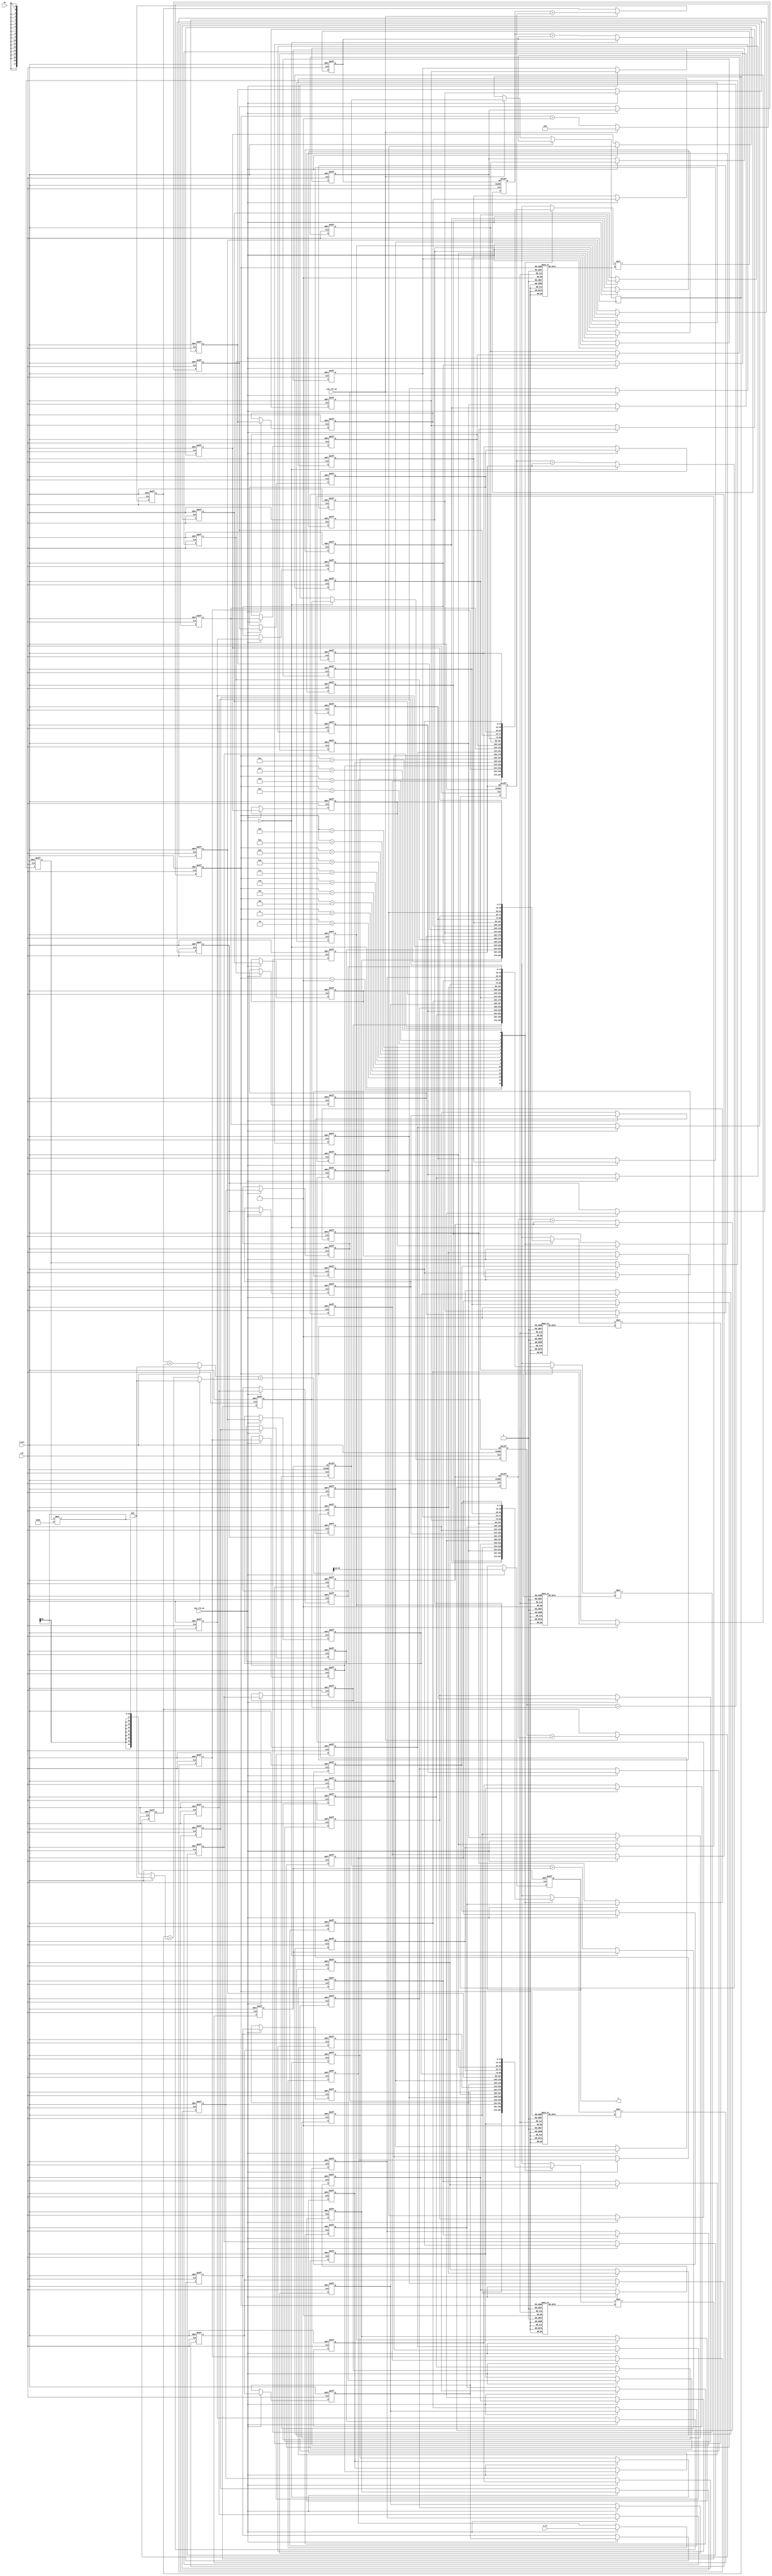
module test_polyphase_time_share #(
    parameter COEFF_LEN = 81,
    parameter HALF_COEFF_LEN = (COEFF_LEN-1)/2
)
( input clk, reset, sym_clk_en, sam_clk_en,
							input [1:0] sw,
                    input signed [17:0] x_in, //1s17
                    output reg signed [17:0] y); //1s17);



// create array of vectors
integer  i;
reg signed [17:0] x[COEFF_LEN-1:0]; // for 21 coefficients
reg signed [35:0] sum_level_1[2:0];
reg signed [35:0] sum_level_2[1:0];
// reg signed [17:0] sum_out[HALF_COEFF_LEN-1:0];
// reg signed [36:0] mult_out[HALF_COEFF_LEN:0]; // 1s35 but changed to 2s35
// reg signed [17:0] b[HALF_COEFF_LEN:0]; // coefficients
reg signed [17:0] hm0, hm1, hm2, hm3, hm4, xm0, xm1, xm2, xm3, xm4; // hm's- 0s18, xm's 1s17
reg signed [35:0] m0, m1, m2, m3, m4, m5; // 1s35
reg signed [35:0] m0_acc, m1_acc, m2_acc, m3_acc, m4_acc; // 1s35
reg signed [35:0] y_temp; // 1s35
reg [3:0] counter;

always @ (posedge clk or posedge reset)
    if(reset)
        x[0] <= 18'sd0;
    else if (sam_clk_en)
        x[0] <= x_in;
	else
		x[0] <= x[0];

always @ (posedge clk or posedge reset)
    if(reset) 
    begin
        for(i=1; i<COEFF_LEN; i=i+1)
            x[i] <= 18'sd0;
    end
    else if (sam_clk_en)
    begin
        for(i=1; i<COEFF_LEN; i=i+1)
            x[i] <= x[i-1];
    end
	else
    begin
        for(i=1; i<COEFF_LEN; i=i+1)
            x[i] <= x[i];
    end
// counter
always  @ (posedge clk or posedge reset)
    if(reset)
        counter <= 4'd0;
    else if (sym_clk_en)
        counter  <= 4'd0;
    else
        counter <= counter + 4'd1;

// multipliers


// m0
always @ (posedge clk or posedge reset)
    if (reset)
        m0 <= 36'sd0;
    else
        m0 <= xm0 * hm0;

// m0 acc
always @ (posedge clk or posedge reset)
    if (reset)
        m0_acc <= m0;
    else if (counter == 4'd0)
        m0_acc <= m0;
    else
        m0_acc <= m0_acc + m0;


// m1
always @ (posedge clk or posedge reset)
    if (reset)
        m1 <= 36'sd0;
    else
        m1 <= xm1 * hm1;

// m1 acc
always @ (posedge clk or posedge reset)
    if (reset)
        m1_acc <= m1;
    // else if (sym_clk_en)
	else if (counter == 4'd0)
        m1_acc <= m1;
    else
        m1_acc <= m1_acc + m1;



// m2
always @ (posedge clk or posedge reset)
    if (reset)
        m2 <= 36'sd0;
    else
        m2 <= xm2 * hm2;

// m2 acc
always @ (posedge clk or posedge reset)
    if (reset)
        m2_acc <= m2;
    // else if (sym_clk_en)
	else if (counter == 4'd0)
        m2_acc <= m2;
    else
        m2_acc <= m2_acc + m2;



// m3
always @ (posedge clk or posedge reset)
    if (reset)
        m3 <= 36'sd0;
    else
        m3 <= xm3 * hm3;

// m3 acc
always @ (posedge clk or posedge reset)
    if (reset)
        m3_acc <= m3;

    // else if (sym_clk_en)
	    else if (counter == 4'd0)
        m3_acc <= m3;
    else
        m3_acc <= m3_acc + m3;


// m4
always @ (posedge clk or posedge reset)
    if (reset)
        m4 <= 36'sd0;
    else
        m4 <= xm4 * hm4;

// m4 acc
always @ (posedge clk or posedge reset)
    if (reset)
        m4_acc <= m4;

    // else if (sym_clk_en)
	    else if (counter == 4'd0)
        m4_acc <= m4;
    else
        m4_acc <= m4_acc + m4;



// m5
 
wire signed [17:0] h80;

assign h80 = 18'sd 166;

always @ *
    if(reset)
        m5 <= 36'sd0;
    else
	    m5 <= x[80] * h80;


// sum level 1
always @ (posedge clk or posedge reset)
    if (reset) begin
        sum_level_1[0] <= 36'sd0;
        sum_level_1[1] <= 36'sd0;
    end

    else if (sym_clk_en) begin
        sum_level_1[0] <= m0_acc + m1_acc;
        sum_level_1[1] <= m2_acc + m3_acc;
        sum_level_1[2] <= m4_acc;
    end

    else begin
        sum_level_1[0] <= sum_level_1[0];
        sum_level_1[1] <= sum_level_1[1];
        sum_level_1[2] <= sum_level_1[2];
    end
// sum level 2
always @ *
    if (reset) begin
        sum_level_2[0] <= 36'sd0;
        sum_level_2[1] <= 36'sd0;
    end
    else begin
        sum_level_2[0] <= sum_level_1[0] + sum_level_1[1];
        sum_level_2[1] <= sum_level_1[2] + m5;
    end


// y_temp
always @ *
    y_temp = sum_level_2[0] + sum_level_2[1]; // 1s35 + 1s35 = 1s35

// y
always @ (posedge clk or posedge reset)
    if(reset)
        y <= 18'sd0;
    else if(sam_clk_en)
        y <= y_temp[35:18]; // 1s17
    else
        y <= y;



always @ *
begin
	case(counter)
		4'd0 : hm0 = 18'sd 166;
		4'd1 : hm0 = 18'sd 194;
		4'd2 : hm0 = 18'sd 61;
		4'd3 : hm0 = -18'sd 149;
		4'd4 : hm0 = -18'sd 275;
		4'd5 : hm0 = -18'sd 198;
		4'd6 : hm0 = 18'sd 62;
		4'd7 : hm0 = 18'sd 332;
		4'd8 : hm0 = 18'sd 398;
		4'd9 : hm0 = 18'sd 163;
		4'd10 : hm0 = -18'sd 256;
		4'd11 : hm0 = -18'sd 575;
		4'd12 : hm0 = -18'sd 529;
		4'd13 : hm0 = -18'sd 73;
		4'd14 : hm0 = 18'sd 540;
		4'd15 : hm0 = 18'sd 889;
		default: hm0 = 18'sd 166;
	endcase
end
always @ *
begin
	case(counter)
		4'd0 : hm1 = 18'sd 662;
		4'd1 : hm1 = -18'sd 96;
		4'd2 : hm1 = -18'sd 946;
		4'd3 : hm1 = -18'sd 1295;
		4'd4 : hm1 = -18'sd 791;
		4'd5 : hm1 = 18'sd 382;
		4'd6 : hm1 = 18'sd 1529;
		4'd7 : hm1 = 18'sd 1833;
		4'd8 : hm1 = 18'sd 908;
		4'd9 : hm1 = -18'sd 857;
		4'd10 : hm1 = -18'sd 2403;
		4'd11 : hm1 = -18'sd 2601;
		4'd12 : hm1 = -18'sd 1007;
		4'd13 : hm1 = 18'sd 1688;
		4'd14 : hm1 = 18'sd 3871;
		4'd15 : hm1 = 18'sd 3878;
		default: hm1 = 18'sd 662;
	endcase
end
always @ *
begin
	case(counter)
		4'd0 : hm2 = 18'sd 1082;
		4'd1 : hm2 = -18'sd 3425;
		4'd2 : hm2 = -18'sd 7056;
		4'd3 : hm2 = -18'sd 6870;
		4'd4 : hm2 = -18'sd 1129;
		4'd5 : hm2 = 18'sd 9550;
		4'd6 : hm2 = 18'sd 22113;
		4'd7 : hm2 = 18'sd 32208;
		4'd8 : hm2 = 18'sd 36068;
		4'd9 : hm2 = 18'sd 32208;
		4'd10 : hm2 = 18'sd 22113;
		4'd11 : hm2 = 18'sd 9550;
		4'd12 : hm2 = -18'sd 1129;
		4'd13 : hm2 = -18'sd 6870;
		4'd14 : hm2 = -18'sd 7056;
		4'd15 : hm2 = -18'sd 3425;
		default: hm2 = 18'sd 1082;
	endcase
end
always @ *
begin
	case(counter)
		4'd0 : hm3 = 18'sd 1082;
		4'd1 : hm3 = 18'sd 3878;
		4'd2 : hm3 = 18'sd 3871;
		4'd3 : hm3 = 18'sd 1688;
		4'd4 : hm3 = -18'sd 1007;
		4'd5 : hm3 = -18'sd 2601;
		4'd6 : hm3 = -18'sd 2403;
		4'd7 : hm3 = -18'sd 857;
		4'd8 : hm3 = 18'sd 908;
		4'd9 : hm3 = 18'sd 1833;
		4'd10 : hm3 = 18'sd 1529;
		4'd11 : hm3 = 18'sd 382;
		4'd12 : hm3 = -18'sd 791;
		4'd13 : hm3 = -18'sd 1295;
		4'd14 : hm3 = -18'sd 946;
		4'd15 : hm3 = -18'sd 96;
		default: hm3 = 18'sd 1082;
	endcase
end
always @ *
begin
	case(counter)
		4'd0 : hm4 = 18'sd 662;
		4'd1 : hm4 = 18'sd 889;
		4'd2 : hm4 = 18'sd 540;
		4'd3 : hm4 = -18'sd 73;
		4'd4 : hm4 = -18'sd 529;
		4'd5 : hm4 = -18'sd 575;
		4'd6 : hm4 = -18'sd 256;
		4'd7 : hm4 = 18'sd 163;
		4'd8 : hm4 = 18'sd 398;
		4'd9 : hm4 = 18'sd 332;
		4'd10 : hm4 = 18'sd 62;
		4'd11 : hm4 = -18'sd 198;
		4'd12 : hm4 = -18'sd 275;
		4'd13 : hm4 = -18'sd 149;
		4'd14 : hm4 = 18'sd 61;
		4'd15 : hm4 = 18'sd 194;
		default: hm4 = 18'sd 662;
	endcase
end
always @ *
begin
	case(counter)
		4'd0 : xm0 = x[0];
		4'd1 : xm0 = x[1];
		4'd2 : xm0 = x[2];
		4'd3 : xm0 = x[3];
		4'd4 : xm0 = x[4];
		4'd5 : xm0 = x[5];
		4'd6 : xm0 = x[6];
		4'd7 : xm0 = x[7];
		4'd8 : xm0 = x[8];
		4'd9 : xm0 = x[9];
		4'd10 : xm0 = x[10];
		4'd11 : xm0 = x[11];
		4'd12 : xm0 = x[12];
		4'd13 : xm0 = x[13];
		4'd14 : xm0 = x[14];
		4'd15 : xm0 = x[15];
		default: xm0 = x[0];
	endcase
end
always @ *
begin
	case(counter)
		4'd0 : xm1 = x[16];
		4'd1 : xm1 = x[17];
		4'd2 : xm1 = x[18];
		4'd3 : xm1 = x[19];
		4'd4 : xm1 = x[20];
		4'd5 : xm1 = x[21];
		4'd6 : xm1 = x[22];
		4'd7 : xm1 = x[23];
		4'd8 : xm1 = x[24];
		4'd9 : xm1 = x[25];
		4'd10 : xm1 = x[26];
		4'd11 : xm1 = x[27];
		4'd12 : xm1 = x[28];
		4'd13 : xm1 = x[29];
		4'd14 : xm1 = x[30];
		4'd15 : xm1 = x[31];
		default: xm1 = x[16];
	endcase
end
always @ *
begin
	case(counter)
		4'd0 : xm2 = x[32];
		4'd1 : xm2 = x[33];
		4'd2 : xm2 = x[34];
		4'd3 : xm2 = x[35];
		4'd4 : xm2 = x[36];
		4'd5 : xm2 = x[37];
		4'd6 : xm2 = x[38];
		4'd7 : xm2 = x[39];
		4'd8 : xm2 = x[40];
		4'd9 : xm2 = x[41];
		4'd10 : xm2 = x[42];
		4'd11 : xm2 = x[43];
		4'd12 : xm2 = x[44];
		4'd13 : xm2 = x[45];
		4'd14 : xm2 = x[46];
		4'd15 : xm2 = x[47];
		default: xm2 = x[32];
	endcase
end
always @ *
begin
	case(counter)
		4'd0 : xm3 = x[48];
		4'd1 : xm3 = x[49];
		4'd2 : xm3 = x[50];
		4'd3 : xm3 = x[51];
		4'd4 : xm3 = x[52];
		4'd5 : xm3 = x[53];
		4'd6 : xm3 = x[54];
		4'd7 : xm3 = x[55];
		4'd8 : xm3 = x[56];
		4'd9 : xm3 = x[57];
		4'd10 : xm3 = x[58];
		4'd11 : xm3 = x[59];
		4'd12 : xm3 = x[60];
		4'd13 : xm3 = x[61];
		4'd14 : xm3 = x[62];
		4'd15 : xm3 = x[63];
		default: xm3 = x[48];
	endcase
end
always @ *
begin
	case(counter)
		4'd0 : xm4 = x[64];
		4'd1 : xm4 = x[65];
		4'd2 : xm4 = x[66];
		4'd3 : xm4 = x[67];
		4'd4 : xm4 = x[68];
		4'd5 : xm4 = x[69];
		4'd6 : xm4 = x[70];
		4'd7 : xm4 = x[71];
		4'd8 : xm4 = x[72];
		4'd9 : xm4 = x[73];
		4'd10 : xm4 = x[74];
		4'd11 : xm4 = x[75];
		4'd12 : xm4 = x[76];
		4'd13 : xm4 = x[77];
		4'd14 : xm4 = x[78];
		4'd15 : xm4 = x[79];
		default: xm4 = x[64];
	endcase
end

endmodule